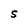
Character: S